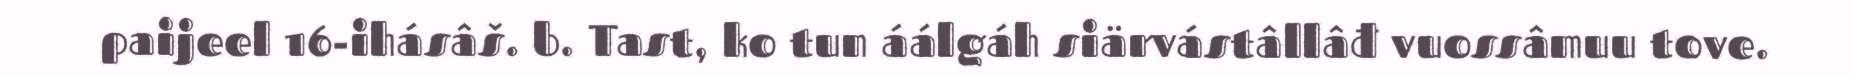
paijeel 16-ihásâš. b. Tast, ko tun áálgáh siärvástâllâđ vuossâmuu tove.